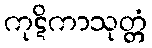
ကုဋိကာသုတ္တံ